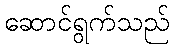
ဆောင်ရွက်သည်